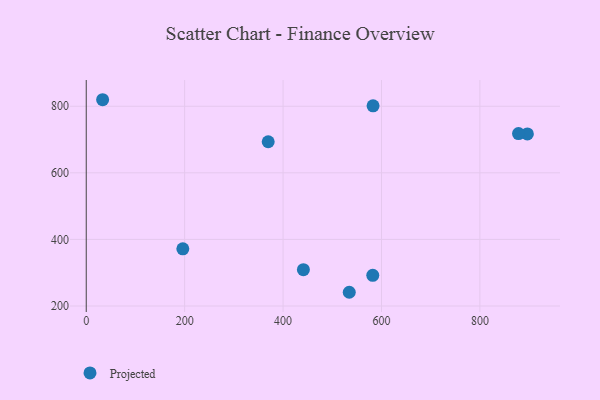
{"axis": {"x": "Experience", "y": "Rating"}, "legend": ["Projected"], "data": [{"x": "582.3", "y": 292.2, "type": "Projected"}, {"x": "896.5", "y": 716.9, "type": "Projected"}, {"x": "878.5", "y": 717.8, "type": "Projected"}, {"x": "33.3", "y": 819.6, "type": "Projected"}, {"x": "582.9", "y": 801.4, "type": "Projected"}, {"x": "441.3", "y": 309.0, "type": "Projected"}, {"x": "196.3", "y": 371.7, "type": "Projected"}, {"x": "534.5", "y": 241.2, "type": "Projected"}, {"x": "369.8", "y": 693.4, "type": "Projected"}]}